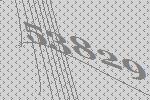
53829